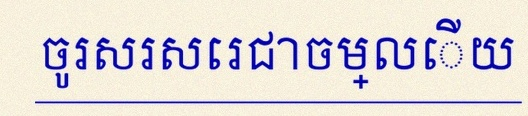
ចូរសរសេរជាចម្លើយ